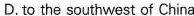
D. to the southwest of China